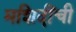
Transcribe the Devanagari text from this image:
मशिदींची